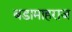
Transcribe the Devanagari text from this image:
बडामाहराज